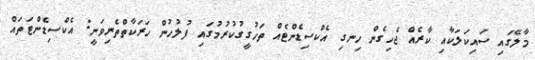
މާލޭގައި ސައިކަލަކާއި ކާރެއް ޖެހިގެން ހިނގި އެކްސިޑެންޓެއް ތަހުގީގުކުރުމުގައި ފުލުހުން ހަރަކާތްތެރިިވަނީ: އެކްސިޑެންޓަތައް